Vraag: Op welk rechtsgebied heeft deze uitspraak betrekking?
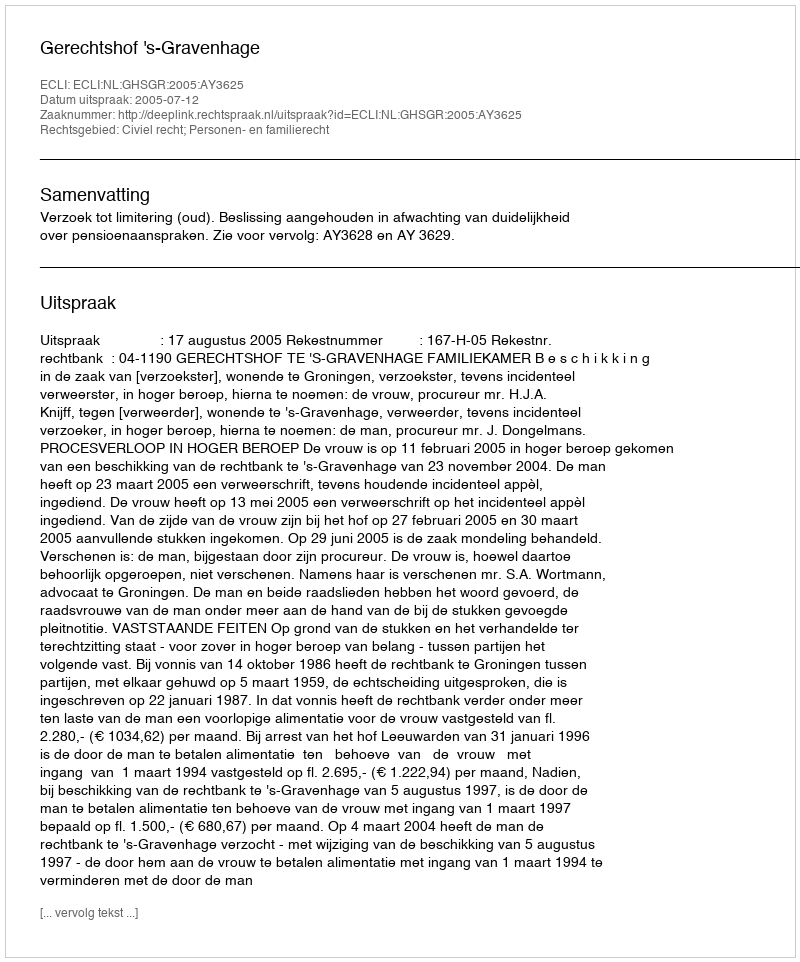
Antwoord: Civiel recht; Personen- en familierecht